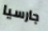
جارسيا